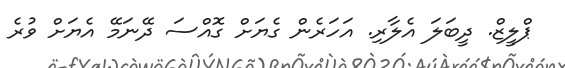
ޕްލީޒް. ދީބަލަ އެލާރި. އަހަރެން ގެޔަށް ގޮއްސަ ދޭނަމޭ އެޔަށް ވުރެ